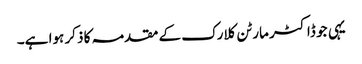
یہی جو ڈاکٹر مارٹن کلارک کے مقدمہ کا ذکر ہوا ہے۔